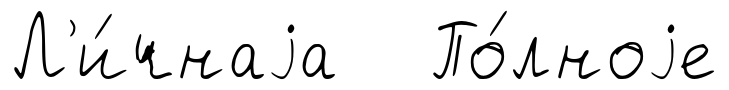
Л'и́чнаjа По́лноjе